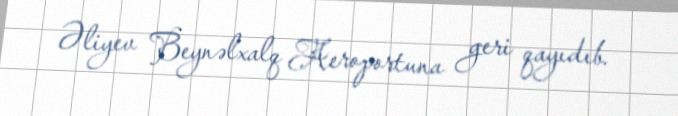
Əliyev Beynəlxalq Aeroportuna geri qayıdıb.